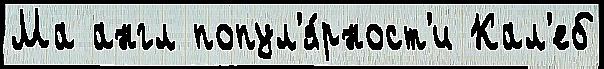
Ма англ попул'я́рност'и Кал'еб